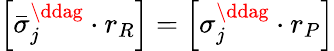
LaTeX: \left[\bar{\sigma}_{j}^{\ddag}\cdot r_{R}\right]=\left[\sigma_{j}^{\ddag}\cdot r_{P}\right]